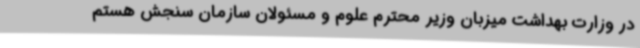
در وزارت بهداشت میزبان وزیر محترم علوم و مسئولان سازمان سنجش هستم